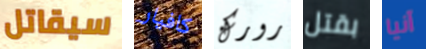
سيقاتل كافيار رورك بقتل آنيا